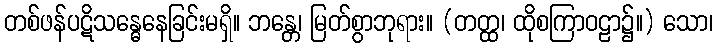
တစ်ဖန်ပဋိသန္ဓေနေခြင်းမရှိ။ ဘန္တေ၊ မြတ်စွာဘုရား။ (တတ္ထ၊ ထိုစကြာဝဠာ၌။) သော၊